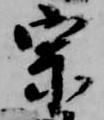
宗